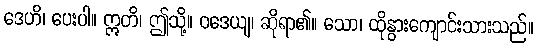
ဒေဟိ၊ ပေးပါ။ ဣတိ၊ ဤသို့။ ဝဒေယျ၊ ဆိုရာ၏။ သော၊ ထိုနွားကျောင်းသားသည်။